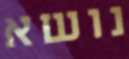
נושא